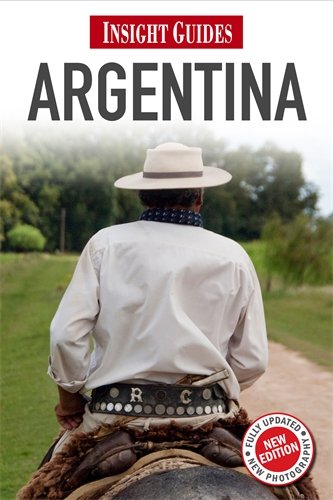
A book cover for Argentina (Insight Guides); Matt Chesterton; Travel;